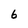
Character: 6